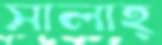
সালাহ্